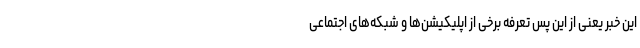
این خبر یعنی از این پس تعرفه برخی از اپلیکیشن‌ها و شبکه‌های اجتماعی